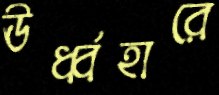
ঊর্ধ্বহারে